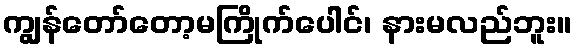
ကျွန်တော်တော့မကြိုက်ပေါင်၊ နားမလည်ဘူး။